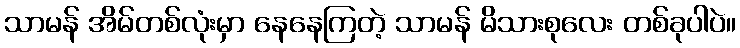
သာမန် အိမ်တစ်လုံးမှာ နေနေကြတဲ့ သာမန် မိသားစုလေး တစ်ခုပါပဲ။